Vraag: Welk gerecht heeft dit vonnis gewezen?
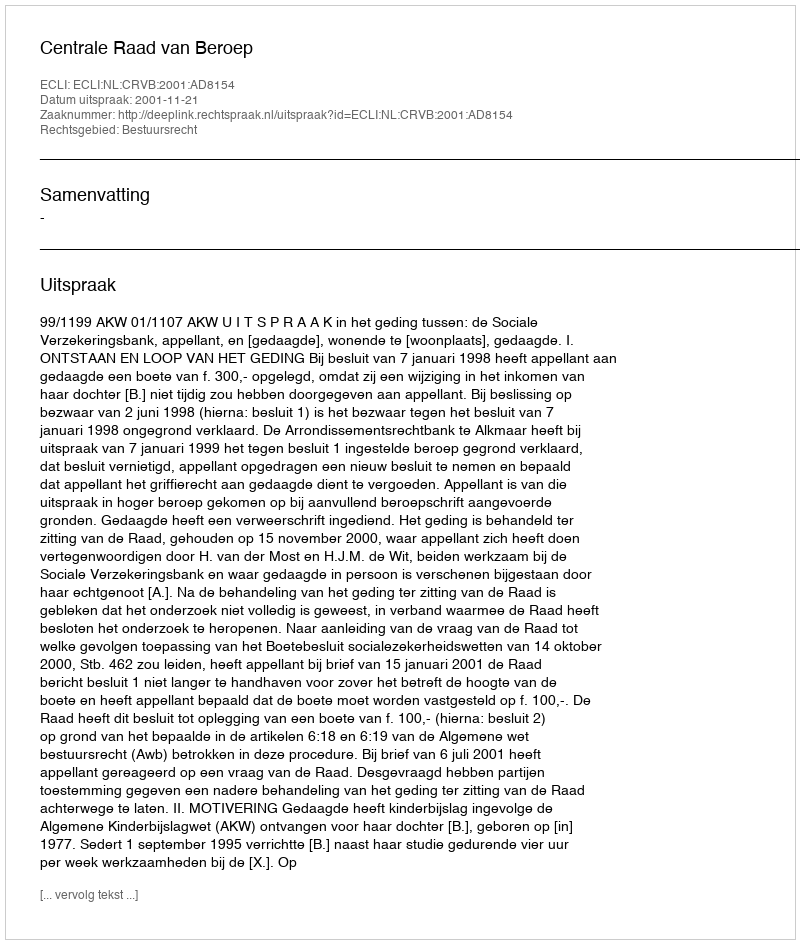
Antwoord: Centrale Raad van Beroep